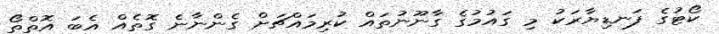
ކޯޓުގެ ފަނޑިޔާރަކު މި ގައުމުގެ ގާނޫނުތައް ކުރިމައްޗަށް ގެންނާނެ ގޮތެއް އެބަ އޮތްތޯ